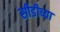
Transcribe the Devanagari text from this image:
सीडीच्या